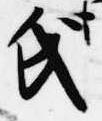
氏